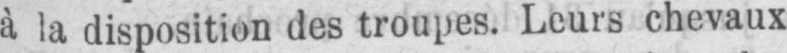
à la disposition des troupes. Leurs chevaux